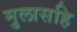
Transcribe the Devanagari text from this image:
मुलासहि